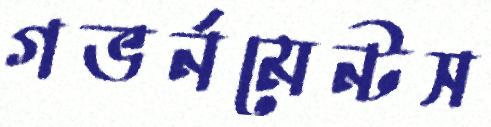
গভর্নমেন্টস